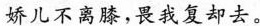
娇儿不离膝，畏我复却去。